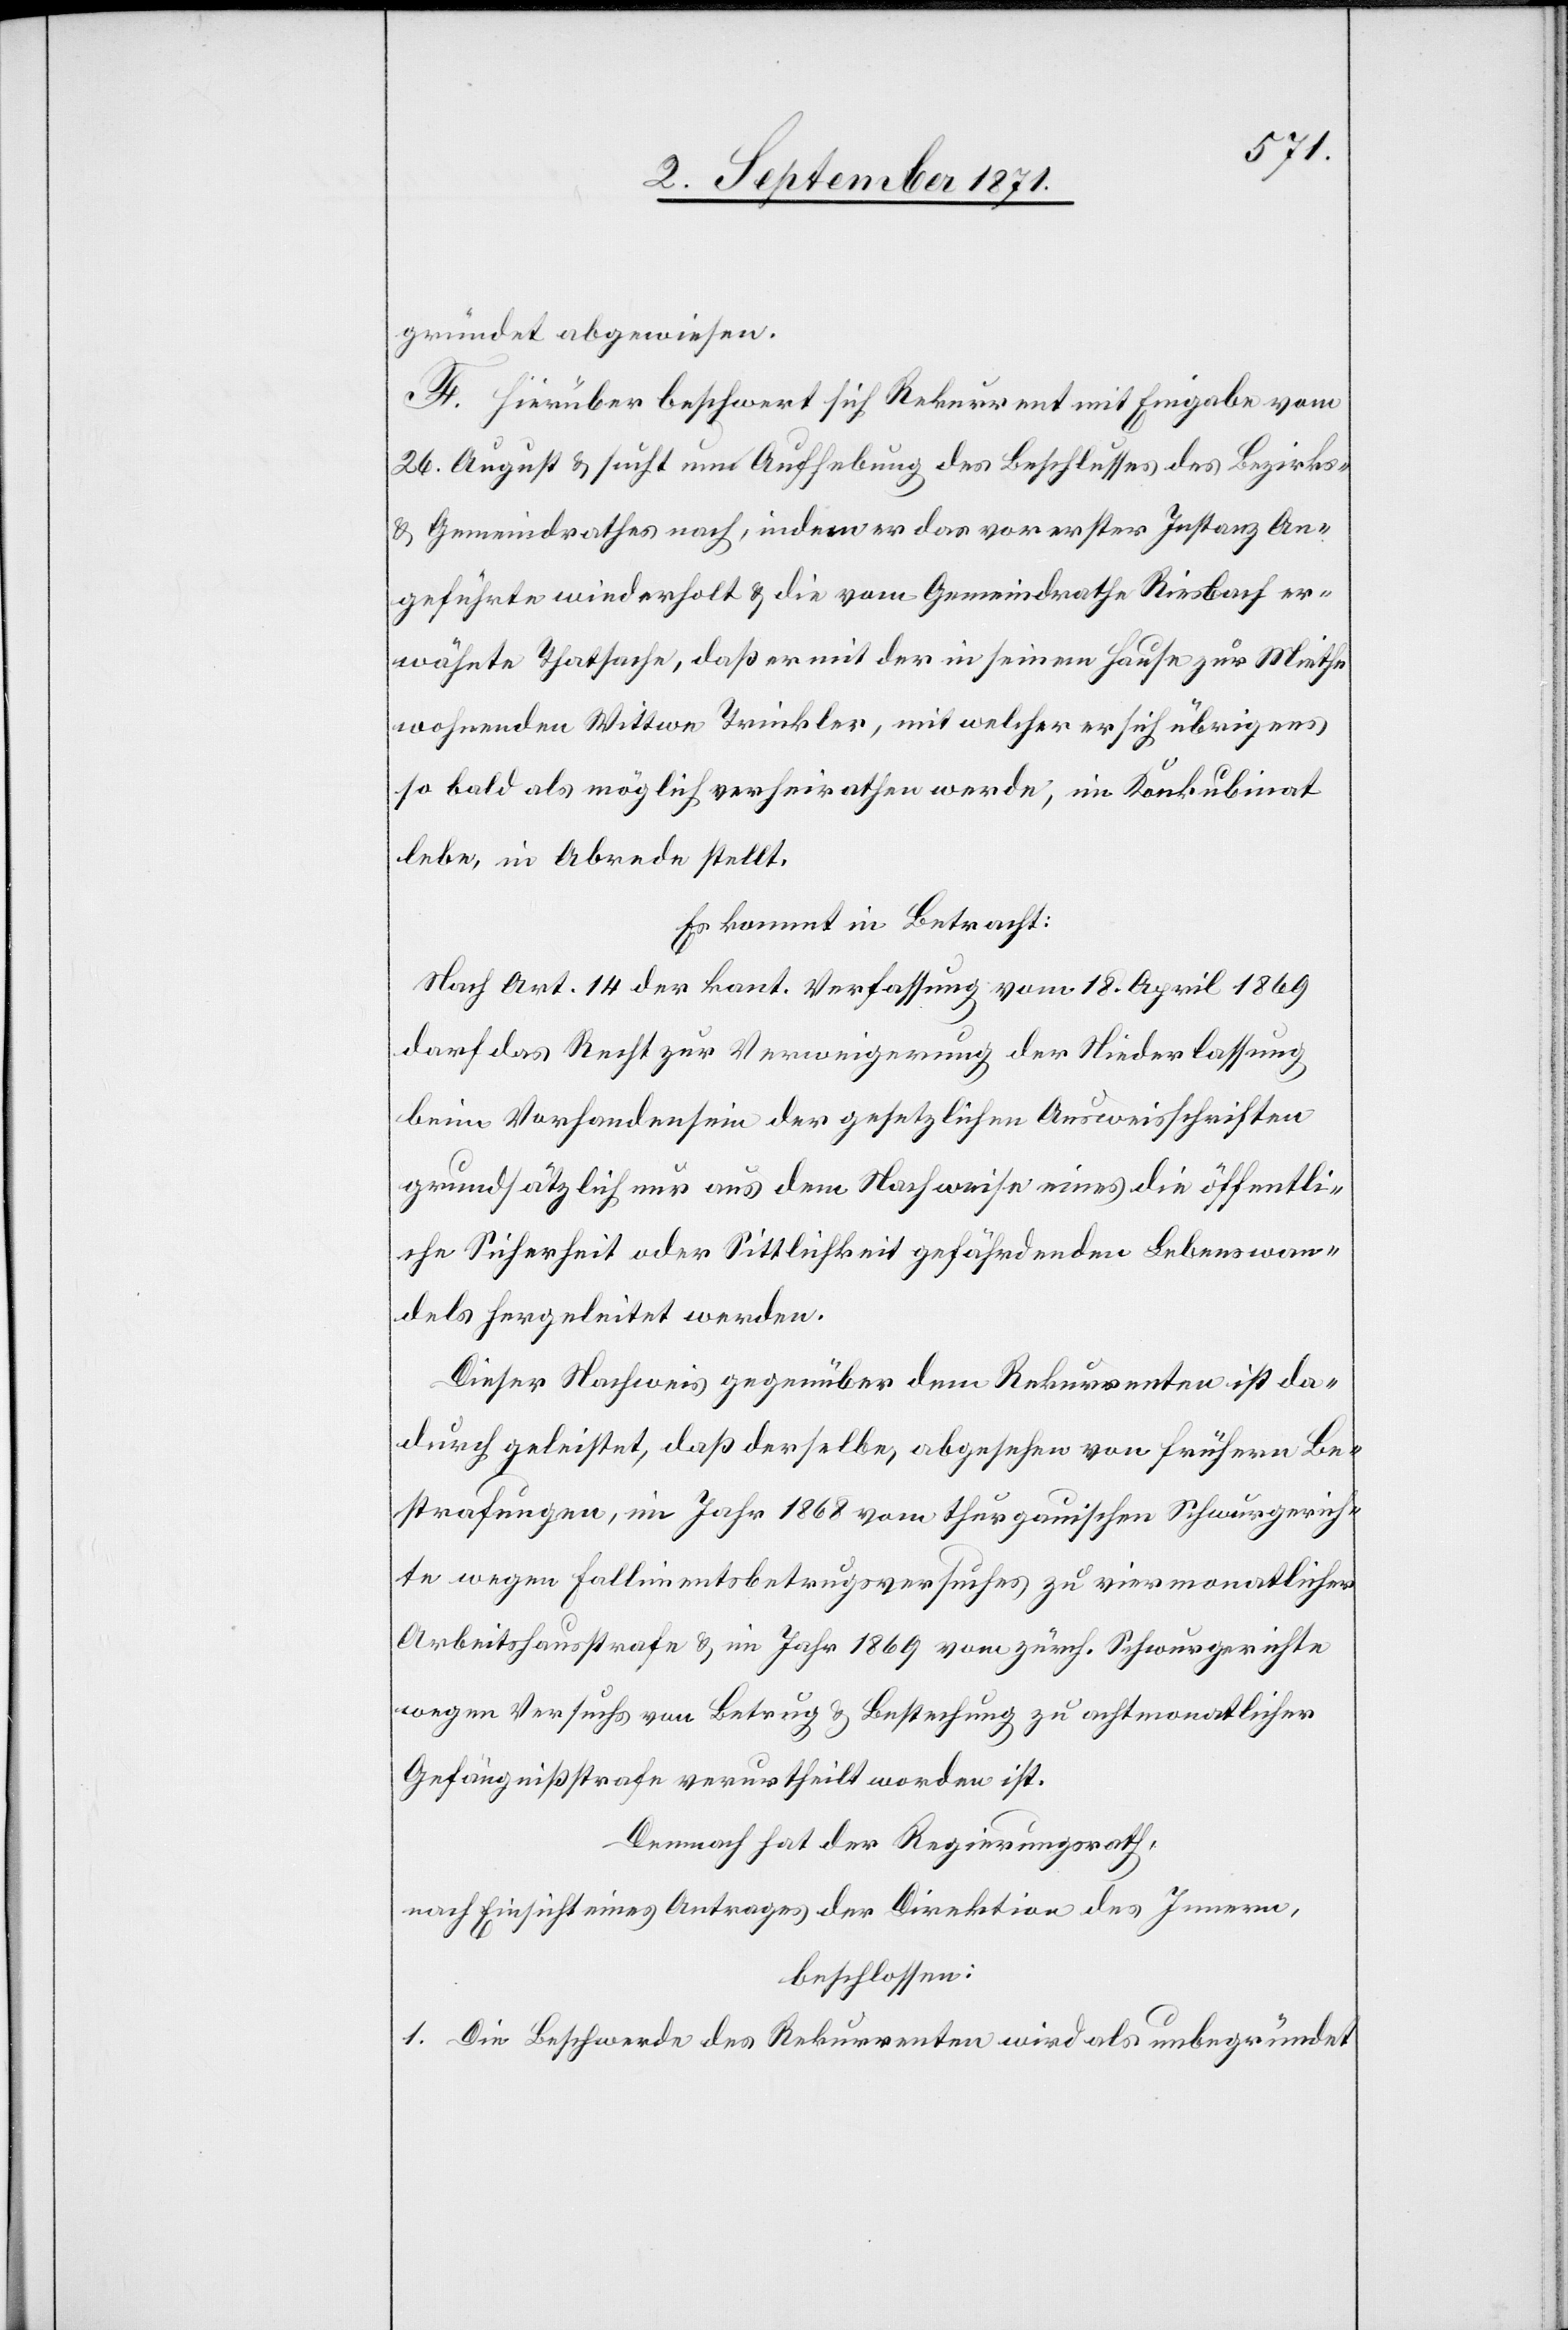
gründet abgewiesen.
F. Hirüber beschwert sich Rekurrent mit Eingabe vom
26. August & sucht um Aufhebung des Beschlusses des Bezirks-
& Gemeindrathes nach, indem er das vor erster Instanz An¬
geführte wiederholt & die vom Gemeindrath Riesbach er¬
wähnte Thatsache, daß er mit der in seinem Hause zur Miete
wohnenden Wittwe Trinkler, mit welcher er sich übrigens
so bald als möglich verheirathen werde, im Konkubinat
lebe, in Abrede stellt.
Es kommt in Betracht:
Nach Art. 14 der kant. Verfassung vom 18. April 1869
darf das Recht zur Verweigerung der Niederlassung
beim Vorhandensein der gesetzlichen Ausweisschriften
grundsätzlich nur aus dem Nachweise eines die öffentli¬
che Sicherheit oder Sittlichkeit gefährdenden Lebenswan¬
dels hergeleitet werden.
Dieser Nachweis gegenüber dem Rekurrenten ist da¬
durch geleistet, daß derselbe, abgesehen von frühern Be¬
strafungen, im Jahr 1868 vom thurgauischen Schwurgerich¬
te wegen Fallimentsbetrugsversuches zu viermonatlicher
Arbeitshausstrafe & im Jahr 1869 vom zürch. Schwurgerichte
wegen Versuchs von Betrug & Bestechung zu achtmonatlicher
Gefängnißstrafe verurtheilt worden ist.
Demnach hat der Regierungsrath,
nach Einsicht eines Antrages der Direktion des Innern,
beschlossen:
1. Die Beschwerde des Rekurrenten wird als unbegründet